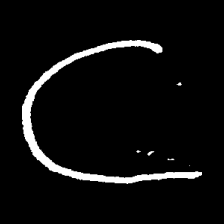
Pyu character \u2014 Myanmar letter: ဋ (romanized: tta)